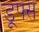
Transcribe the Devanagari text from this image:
डूफ्स